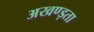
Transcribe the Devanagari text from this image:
अखण्ड़ता